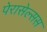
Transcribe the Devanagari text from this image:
पेरासेल्सस